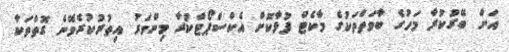
އަށް ބޭރުކުރާ މަހުގެ ބާވަތްތަކުގެ މާކެޓް ފުޅާކޮށް އެކްސްޕޯޓްކުރާ މިންވަރު އިތުރުކުރެވޭނެ ގޮތްތަކާ